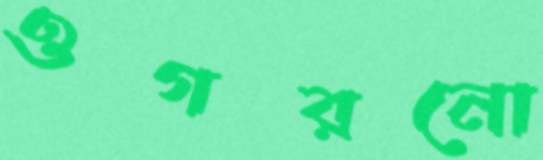
ওগরনো